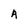
Character: A